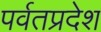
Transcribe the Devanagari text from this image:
पर्वतप्रदेश